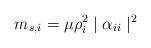
LaTeX: \begin{align*}m_{s,i}={\mu\rho_i^2\mid\alpha_{ii}\mid^2}\end{align*}